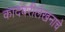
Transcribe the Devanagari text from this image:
कादंबरीलेखनाचे